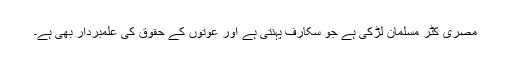
مصری کٹر مسلمان لڑکی ہے جو سکارف پہنتی ہے اور عوتوں کے حقوق کی علمبردار بھی ہے۔